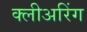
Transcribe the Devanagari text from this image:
क्लीअरिंग